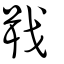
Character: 戢